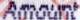
AMONUT